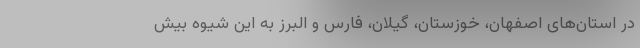
در استان‌های اصفهان، خوزستان، گیلان، فارس و البرز به این شیوه بیش